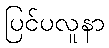
ပြင်ပလူနာ